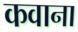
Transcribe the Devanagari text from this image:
कवाना